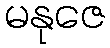
မနုဇေ